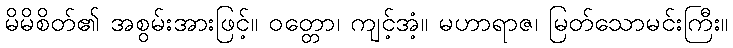
မိမိစိတ်၏ အစွမ်းအားဖြင့်။ ဝတ္တော၊ ကျင့်အံ့။ မဟာရာဇ၊ မြတ်သောမင်းကြီး။